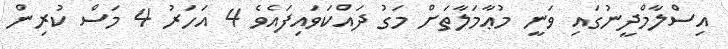
އިސްލާމްދީނުގައި ވަނީ މުޢާމަލާތަށް މަގު ދައްކަވައިފައެވެ 4 އަހަރު 4 މަސް ކުރިން